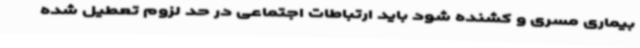
بیماری مسری و کشنده شود باید ارتباطات اجتماعی در حد لزوم تعطیل شده